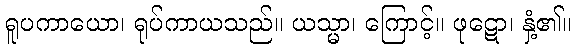
ရူပကာယော၊ ရုပ်ကာယသည်။ ယသ္မာ၊ ကြောင့်။ ဖုဋော၊ နှံ့၏။